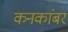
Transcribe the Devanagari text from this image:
कनकांबर